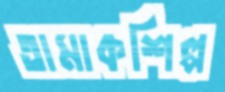
তামাকশিল্প